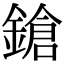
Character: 鎗